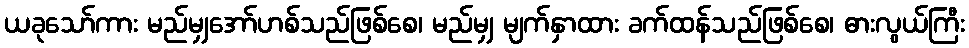
ယခုသော်ကား မည်မျှအော်ဟစ်သည်ဖြစ်စေ၊ မည်မျှ မျက်နှာထား ခက်ထန်သည်ဖြစ်စေ၊ ဓားလွယ်ကြီး